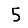
Digit: 5